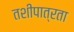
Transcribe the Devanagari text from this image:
तशीपात्रता